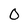
Character: 0